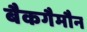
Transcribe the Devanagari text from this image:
बैकगैमौन